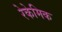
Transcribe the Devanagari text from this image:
रेकेमिक